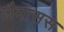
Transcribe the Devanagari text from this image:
लैमासस